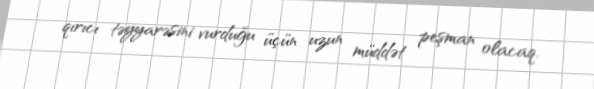
qırıcı təyyarəsini vurduğu üçün uzun müddət peşman olacaq.